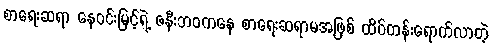
စာရေးဆရာ နေဝင်းမြင့်ရဲ့ ဇနီးဘဝကနေ စာရေးဆရာမအဖြစ် ထိပ်တန်းရောက်လာတဲ့